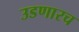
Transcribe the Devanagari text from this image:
उडणारच